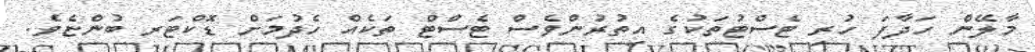
މާލޭން ހަދާފަ ހުރި ޓެސްޓުތަކުގެ އިތުރުންވެސް ޓެސްޓް ތަކެއް ހެދުމަށް ޑޮކްޓަރ ބުންޏެވެ.